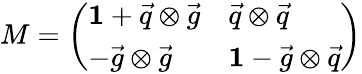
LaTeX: M=\left(\begin{array}{ll}{{{\mathbf 1}+{\vec{q}}\otimes{\vec{g}}}}&{{{\vec{q}}\otimes{\vec{q}}}}\\ {{-{\vec{g}}\otimes{\vec{g}}}}&{{{\mathbf 1}-{\vec{g}}\otimes{\vec{q}}}}\end{array}\right)